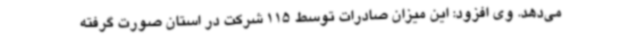
می‌دهد. وی افزود: این میزان صادرات توسط 115 شرکت در استان صورت گرفته